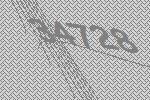
34728